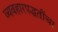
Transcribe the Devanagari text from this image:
व्यवहारपद्धतींचा